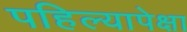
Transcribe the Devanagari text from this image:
पहिल्यापेक्षा